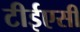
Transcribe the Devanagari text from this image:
टीईएसी